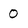
Character: 0